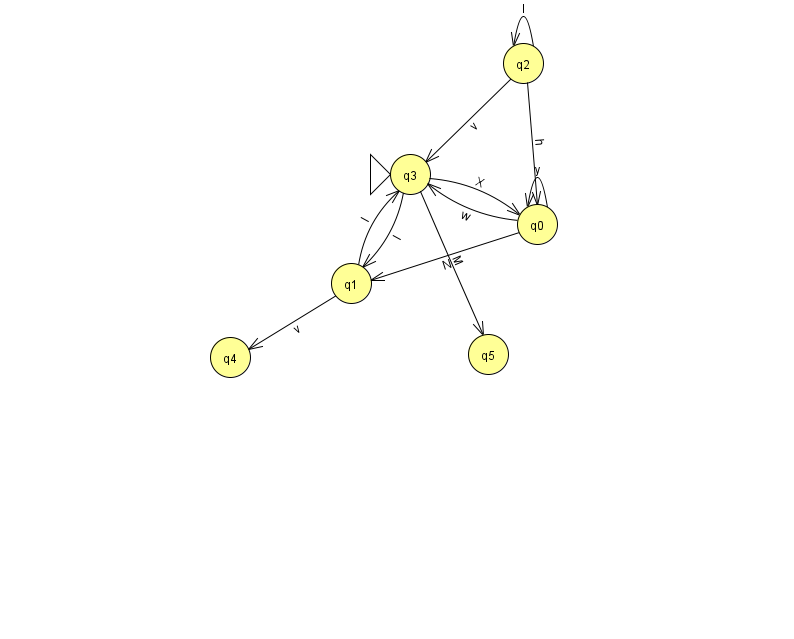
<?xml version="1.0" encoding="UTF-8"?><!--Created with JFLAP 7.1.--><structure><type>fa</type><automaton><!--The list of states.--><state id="0" name="q0"><x>537.0</x><y>211.0</y></state><state id="1" name="q1"><x>351.0</x><y>270.0</y></state><state id="2" name="q2"><x>523.0</x><y>50.0</y></state><state id="3" name="q3"><x>410.0</x><y>161.0</y><initial/></state><state id="4" name="q4"><x>230.0</x><y>344.0</y></state><state id="5" name="q5"><x>488.0</x><y>341.0</y></state><!--The list of transitions.--><transition><from>0</from><to>1</to><read>N</read></transition><transition><from>1</from><to>3</to><read>l</read></transition><transition><from>3</from><to>1</to><read>l</read></transition><transition><from>2</from><to>3</to><read>v</read></transition><transition><from>3</from><to>5</to><read>M</read></transition><transition><from>0</from><to>3</to><read>w</read></transition><transition><from>3</from><to>0</to><read>X</read></transition><transition><from>0</from><to>0</to><read>y</read></transition><transition><from>2</from><to>0</to><read>h</read></transition><transition><from>2</from><to>2</to><read>l</read></transition><transition><from>1</from><to>4</to><read>v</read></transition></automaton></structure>